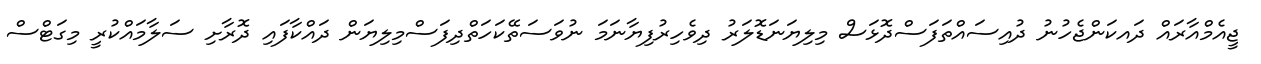
ޖީއެމްއާރައް ދައކަންޖެހުނު ދުއިސައްތަފަސްދޮޅަސް މިލިޔަނަޑޮލަރު ދިވެހިރުފިޔާނަމަ ނުވަސަތޭކަހަތްދިފަސްމިލިޔަން ދައްކާފައި ދޮރާށި ސަލާމައްކުރީ މިގަޓްސް